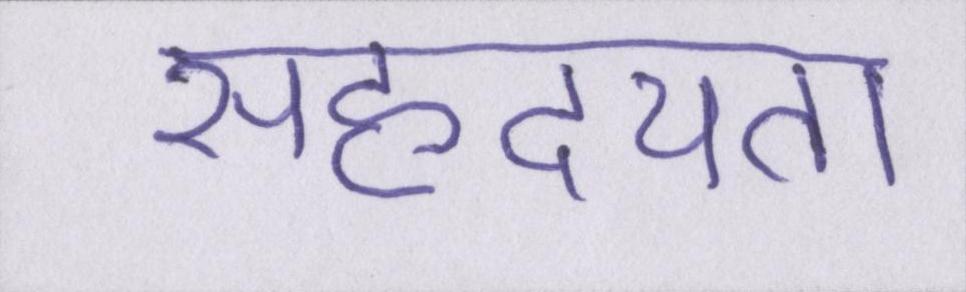
सहृदयता